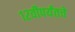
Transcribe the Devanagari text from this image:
१२वीपर्यंतचे